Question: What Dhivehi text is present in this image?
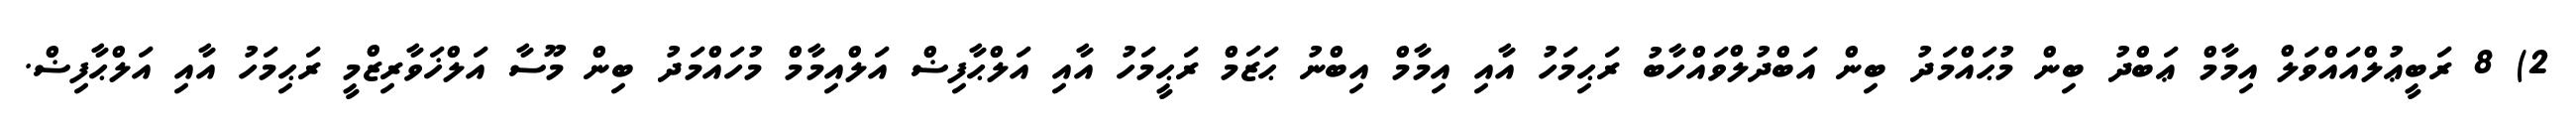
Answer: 2) 8 ރަބީޢުލްއައްވަލް އިމާމް ޢަބްދު ބިން މުޙައްމަދު ބިން އަބްދުލްވައްހާބު ރަޙިމަހު އާއި އިމާމް އިބްނު ޙަޒަމް ރަޙީމަހު އާއި އަލްޙާފިޟް އަލްއިމާމް މުހައްމަދު ބިން މޫސާ އަލްޚަވާރިޒްމީ ރަޙިމަހު އާއި އަލްޙާފިޟް.